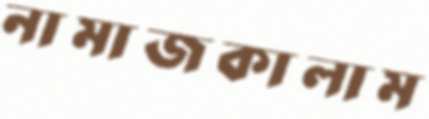
নামাজকালাম